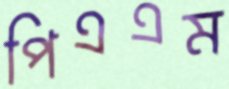
পিএএম